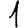
Digit: 1